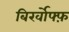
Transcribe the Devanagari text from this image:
बिर्खोफ्फ़